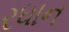
રધાન